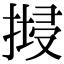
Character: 𢱷